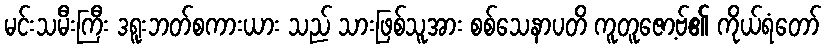
မင်းသမီးကြီး ဒရူးဘတ်စကားယား သည် သားဖြစ်သူအား စစ်သေနာပတိ ကူတူဇော့ဗ်၏ ကိုယ်ရံတော်